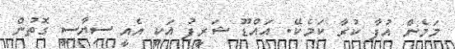
މަމެން އުފާ ކުރާ ކަމެކޭ. އައްޑޫ ޝަރީފު އަކީ އެއީ ސިޔާސީ ގޮތުން